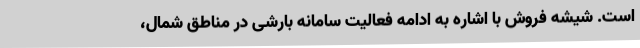
است. شیشه فروش با اشاره به ادامه فعالیت سامانه بارشی در مناطق شمال،